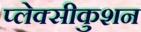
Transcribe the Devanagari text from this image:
प्लेक्सीकुशन